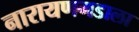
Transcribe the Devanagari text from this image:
नारायणगडाला